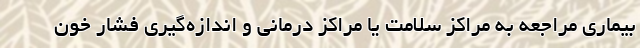
بیماری مراجعه به مراکز سلامت یا مراکز درمانی و اندازه‌گیری فشار خون